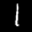
Label: 1